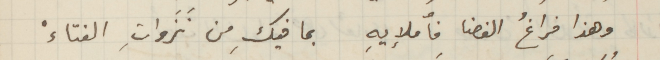
وهذا فراغُ الفضا فأملإيهِ بما فيكِ من نَزَواتِ الفتاءْ